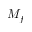
M _ { f }